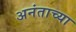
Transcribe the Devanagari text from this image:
अनंताच्या